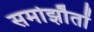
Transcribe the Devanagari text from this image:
समोझौतों